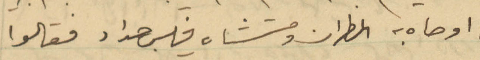
ما اوصاه به المطران ومستشاره فلكس حداد فقالوا